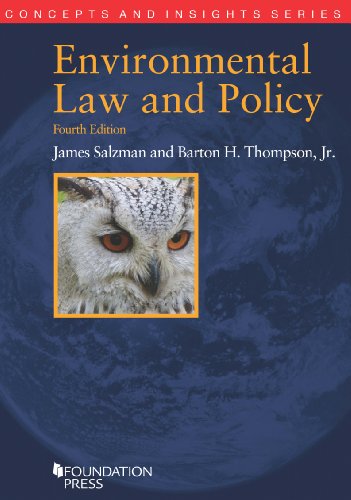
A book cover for Environmental Law and Policy (Concepts and Insights); James Salzman; Law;